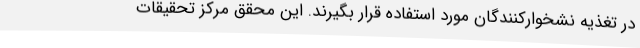
در تغذیه نشخوارکنندگان مورد استفاده قرار بگیرند. این محقق مرکز تحقیقات